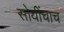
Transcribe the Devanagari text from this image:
सोयींचाच